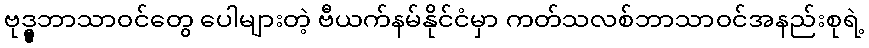
ဗုဒ္ဓ္ဓ္ဓဘာသာဝင်တွေ ပေါများတဲ့ ဗီယက်နမ်နိုင်ငံမှာ ကတ်သလစ်ဘာသာဝင်အနည်းစုရဲ့